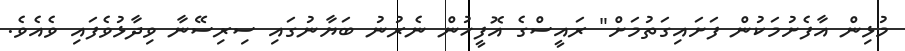
މުޅިން އާފެށުމަކުން ފަށައިގަތުމަށް" ރައީސްގެ އޮފީހުން ނެރުނު ބަޔާނުގައި ސިރިސޭނާ ވިދާޅުވެފައި ވެއެވެ.